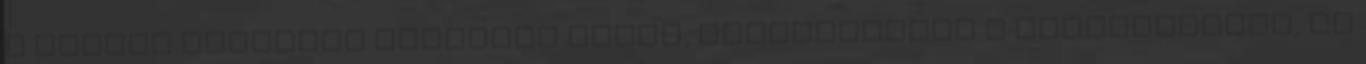
a sérült állapota lehetővé teszi, kihallgatják a történtekről, de